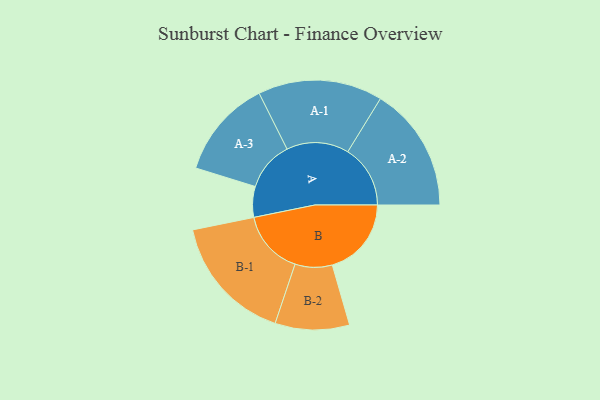
{"axis": {"x": "Segment", "y": "Value"}, "legend": ["", "A", "B"], "data": [{"x": "A", "y": 115, "type": ""}, {"x": "B", "y": 296, "type": ""}, {"x": "A-1", "y": 233, "type": "A"}, {"x": "A-2", "y": 234, "type": "A"}, {"x": "A-3", "y": 185, "type": "A"}, {"x": "B-1", "y": 240, "type": "B"}, {"x": "B-2", "y": 139, "type": "B"}]}